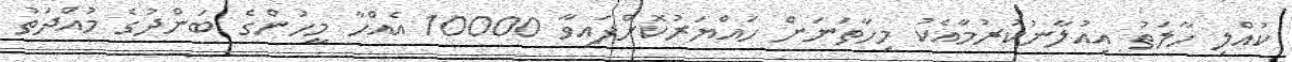
ކުއްލި ހާލަތު އިއުލާނުކުރުމާއެކު މިހާތަނަށް ހައްޔަރުކޮށްފައިވާ 10000 އެއްހާ މީހުންގެ ބަންދުގެ މުއްދަތު